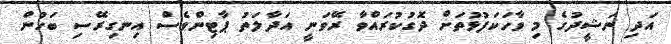
އަދި ނަޝީދުގެ މި ވާހަކަފުޅުތަށް ދޮގުކުރައްވާ ރޭވަނީ އަދާލަތު ޕާޓިންވެސް އިނގިރޭސި ބަހުން